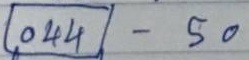
(044) - 50